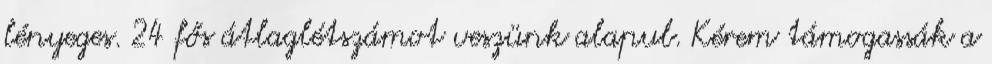
lényeges. 24 fős átlaglétszámot veszünk alapul. Kérem támogassák a